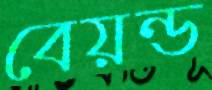
বেয়ন্ড